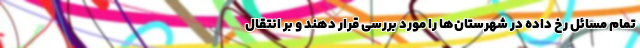
تمام مسائل رخ داده در شهرستان‌ها را مورد بررسی قرار دهند و بر انتقال